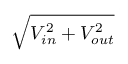
\sqrt { V _ { i n } ^ { 2 } + V _ { o u t } ^ { 2 } }